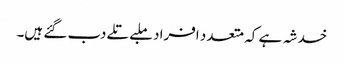
خدشہ ہے کہ متعدد افراد ملبے تلے دب گئے ہیں۔